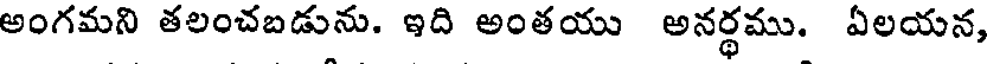
అంగమని తలంచబడును. ఇది అంతయు అనర్థము. ఏలయన,